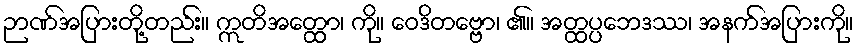
ဉာဏ်အပြားတို့တည်း။ ဣတိအတ္ထော၊ ကို။ ဝေဒိတဗ္ဗော၊ ၏။ အတ္ထပ္ပဘေဒဿ၊ အနက်အပြားကို။